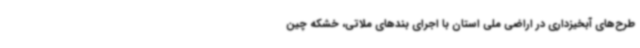
طرح‌های آبخیزداری در اراضی ملی استان با اجرای بندهای ملاتی، خشکه چین